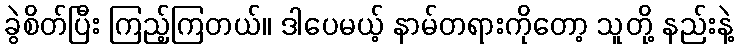
ခွဲစိတ်ပြီး ကြည့်ကြတယ်။ ဒါပေမယ့် နာမ်တရားကိုတော့ သူတို့ နည်းနဲ့